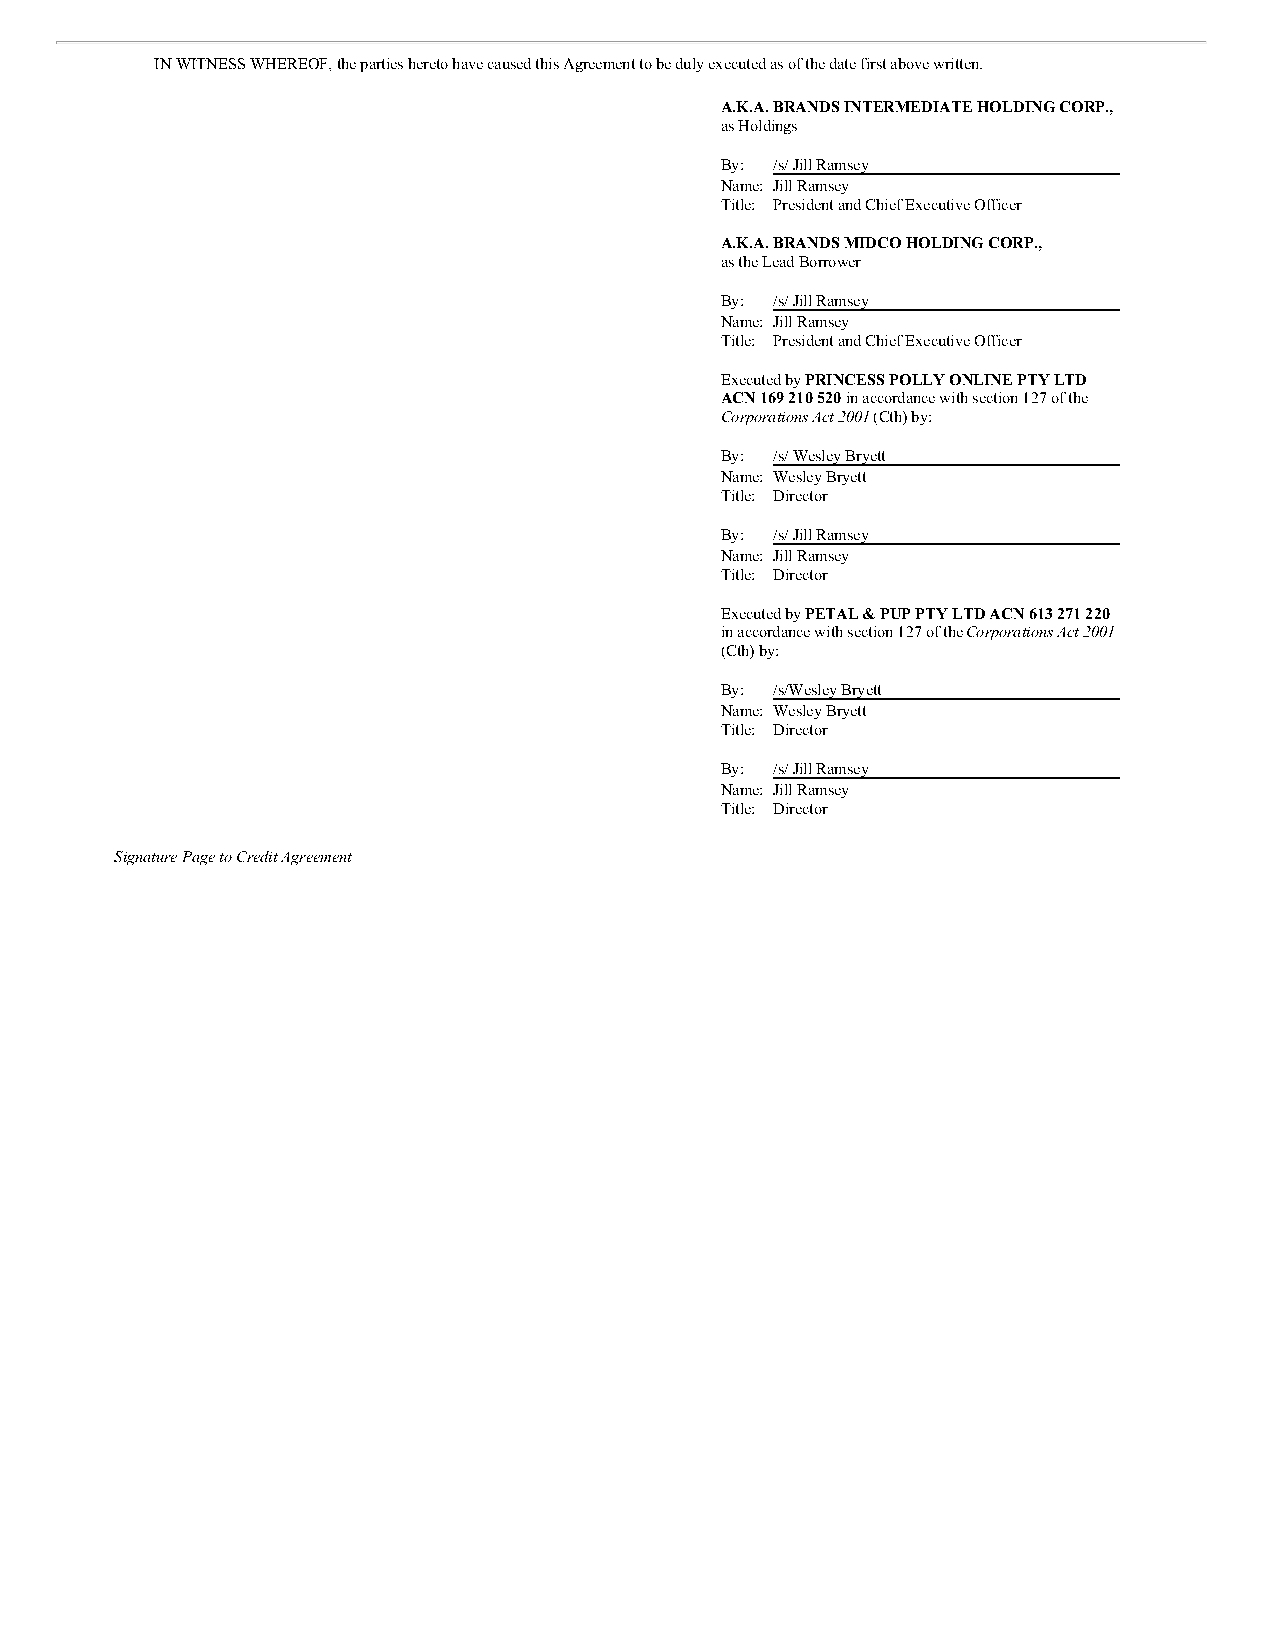
IN WITNESS WHEREOF, the parties hereto have caused this Agreement to be duly executed as of the date first above written.
 A.K.A. BRANDS INTERMEDIATE HOLDING CORP.,
 as Holdings
 By: /s/ Jill Ramsey
 Name: Jill Ramsey
 Title: President and Chief Executive Officer
 A.K.A. BRANDS MIDCO HOLDING CORP.,
 as the Lead Borrower
 By: /s/ Jill Ramsey
 Name: Jill Ramsey
 Title: President and Chief Executive Officer
 Executed by PRINCESS POLLY ONLINE PTY LTD
 ACN 169 210 520 in accordance with section 127 of the
 Corporations Act 2001 (Cth) by:
 By: /s/ Wesley Bryett
 Name: Wesley Bryett
 Title: Director
 By: /s/ Jill Ramsey
 Name: Jill Ramsey
 Title: Director
 Executed by PETAL & PUP PTY LTD ACN 613 271 220
 in accordance with section 127 of the Corporations Act 2001
 (Cth) by:
 By: /s/Wesley Bryett
 Name: Wesley Bryett
 Title: Director
 By: /s/ Jill Ramsey
 Name: Jill Ramsey
 Title: Director
 Signature Page to Credit Agreement